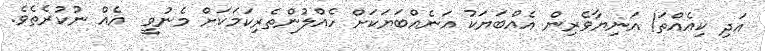
އަދި ކިއެއްތަ! އަނިޔާވެރިން އެއްބަޔަކު އަނެއްބަޔަކަށް ހެއްލުންތެރިކަމަކަށް މެނުވީ  އެއް ނުކުރެތެވެ.